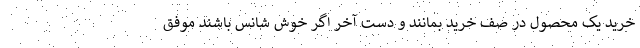
خرید یک محصول در صف خرید بمانند و دست آخر اگر خوش شانس باشند موفق